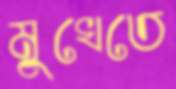
মুখেতে